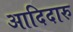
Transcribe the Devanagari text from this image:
आदिदारु